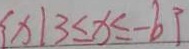
\{ x \mid 3 \leq x \leq - b \}